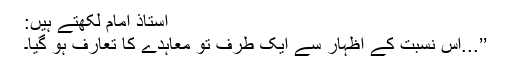
استاذ امام لکھتے ہیں:
’’...اِس نسبت کے اظہار سے ایک طرف تو معاہدے کا تعارف ہو گیا۔